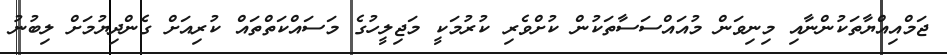
ޖަމްއިއްޔާތަކުންނާއި މިނިވަން މުއައްސަސާތަކުން ކުށްވެރި ކުރުމަކީ މަޖިލީހުގެ މަސައްކަތްތައް ކުރިއަށް ގެންދިޔުމަށް ލިބުނު